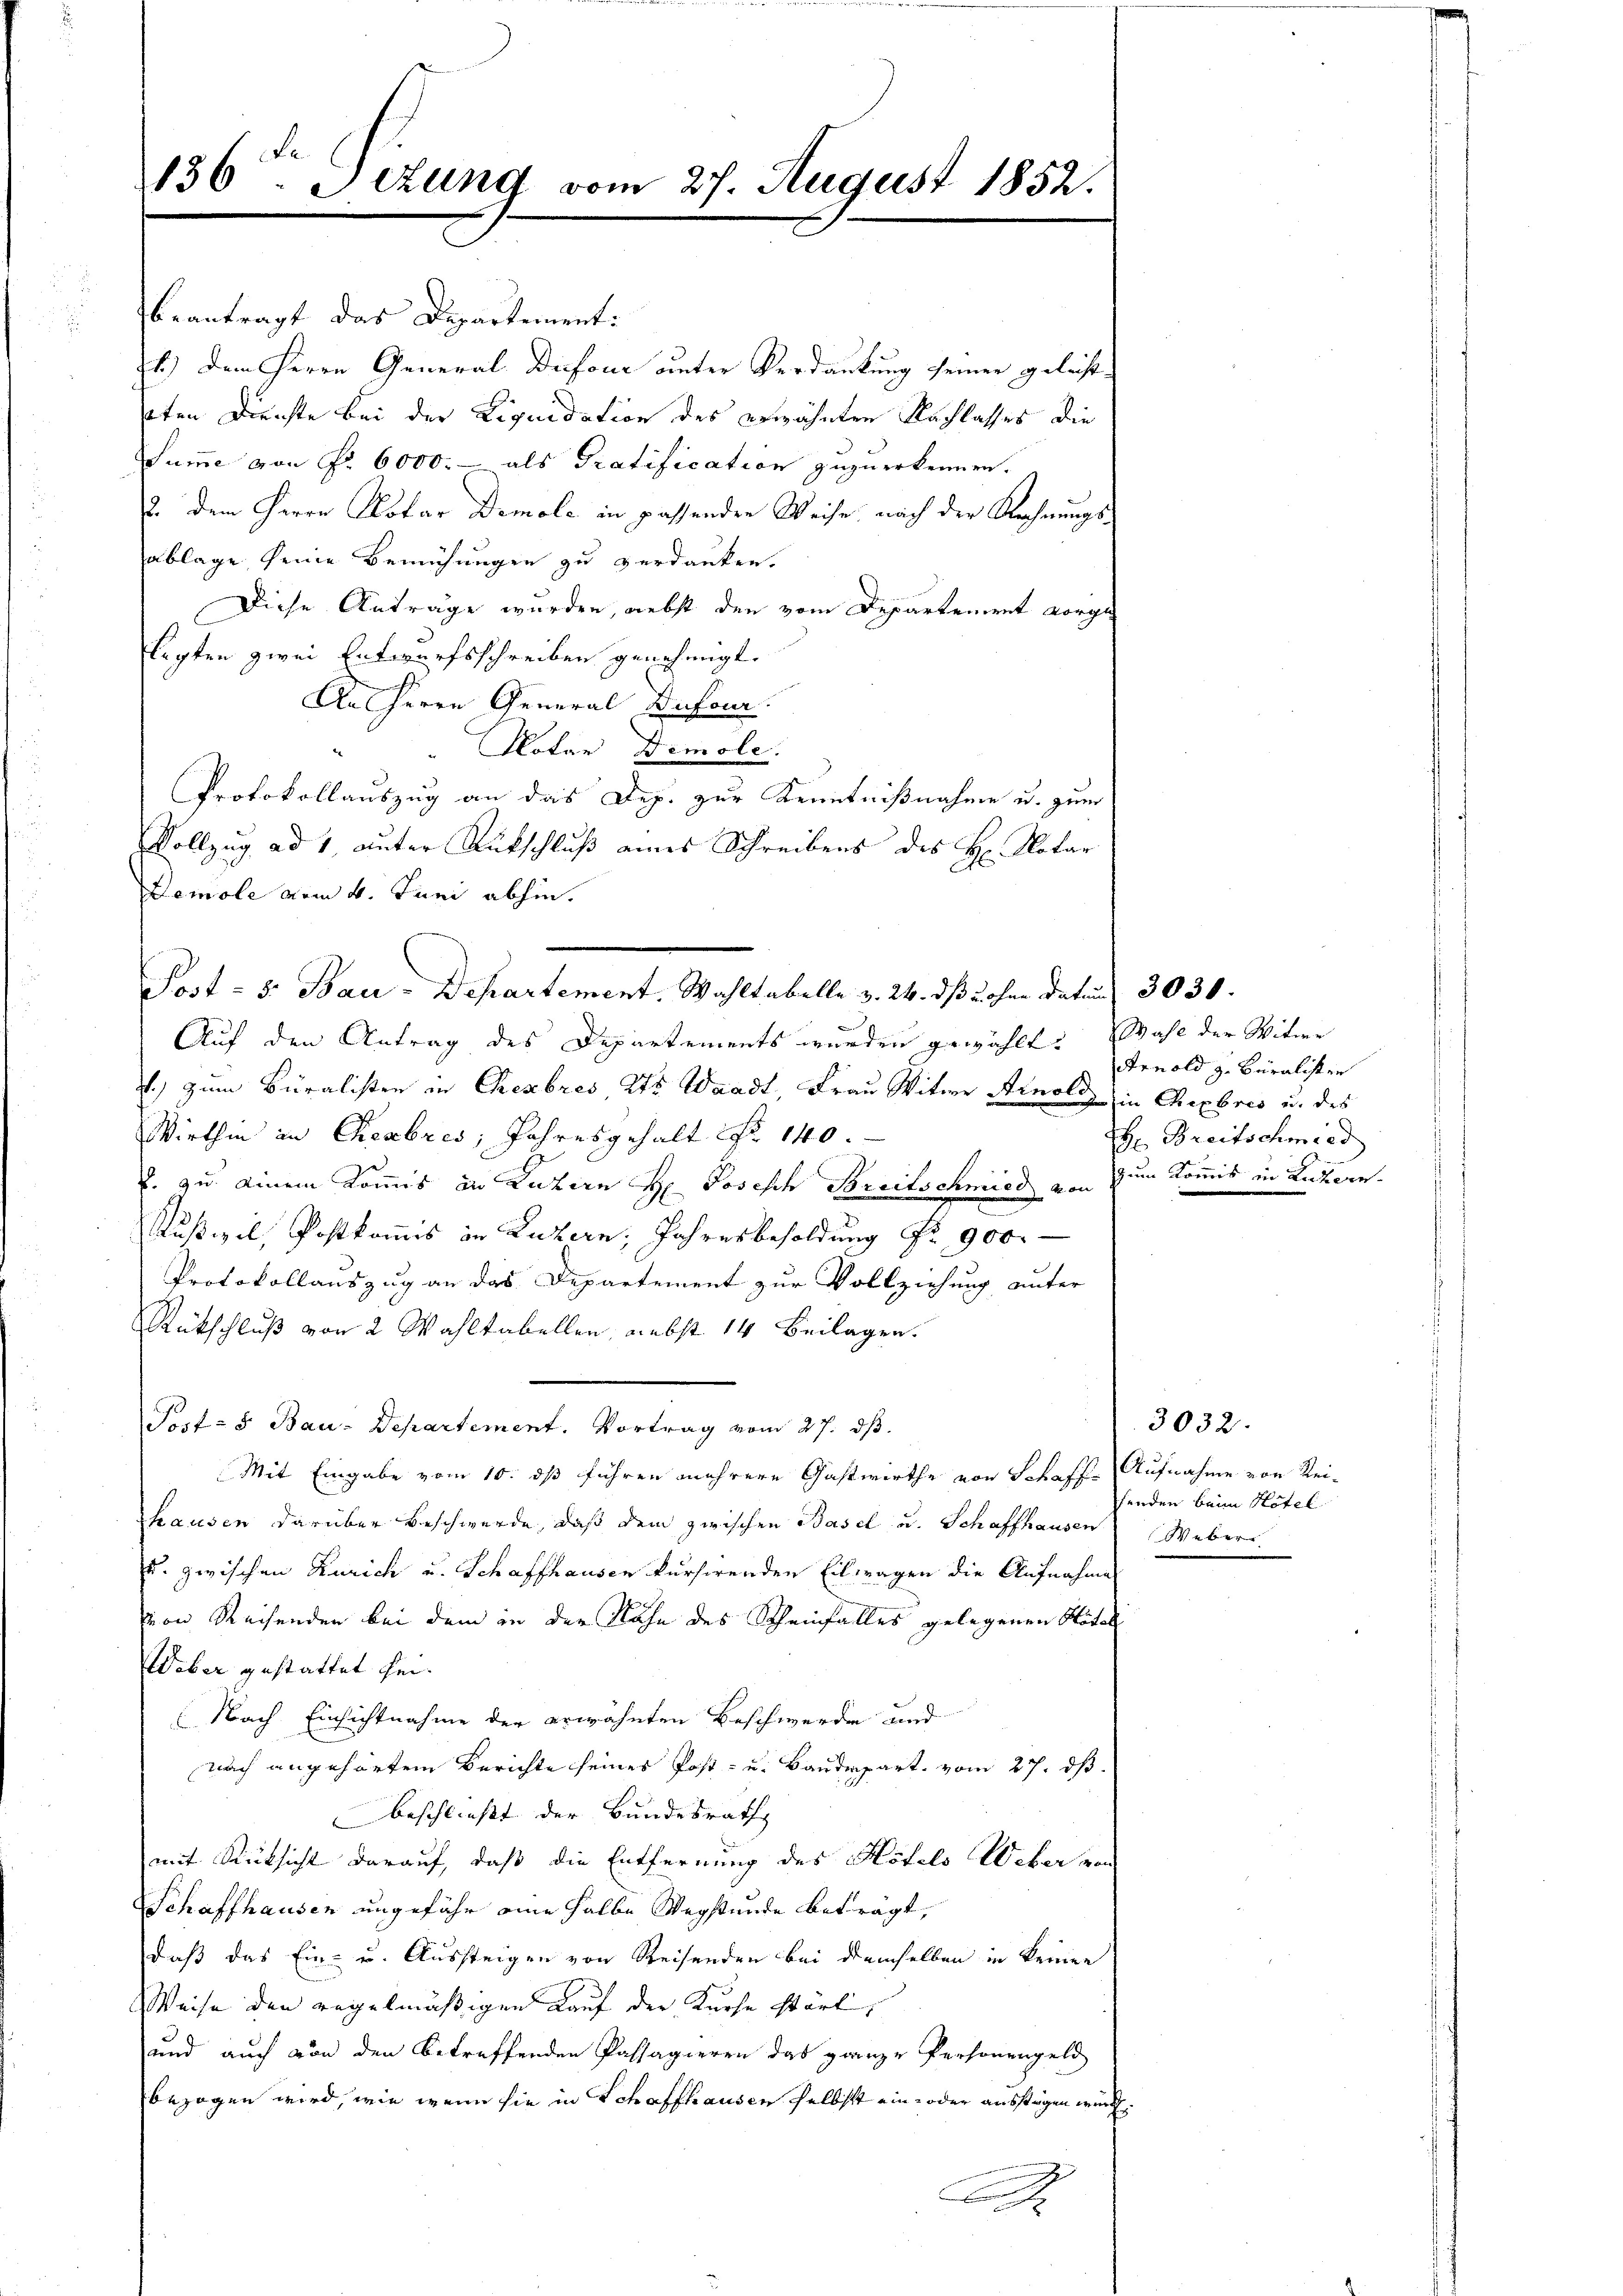
136 Setzung vom 27. August 1852.

beantragt das Departement:
1.) Dem Herrn General Diefour unter Verdankung seiner geleisteten Direchte bei der Liquidation des erwähnten Nachlasses die
Summe von Nr. 6000.- als Gratification zuzuerkennen.
2. Dem Herrn Notar Demole in passenden Weise nach der Rechnungsablage seine Bemühungen zu verdanken.
Diese Anträge wurden, nebst den vom Departement vorge
lagten zwei Entwurfsschreiben genehmigt.
An Herrn General Dufour.
Notar Demole.
Protokollauszug an das Dep. zur Kenntnißnahme u. zum
Vollzug ad 1, unter Rückschluß eines Schreibens des H. Notar
Demole vom 6. Juni abhin.
Post - 5. Bau-Departement. Wahltabelle v. 24. dß u ohne Datum 3030.
Auf den Antrag des Departements wurden gewählt: Wahl der Witwe
.) zum Buralisten in Chembres 275 Waadt, Frau Witwe Arnold in Theebres u. des
Wirthin an Cheabres, Jahresgehalt No 140
J. zu einem Kommis in Luzern H. Joseph Breitschmied von zum Kommis in Luzern.
Rußiel, Postkommis in Luzern, Jahresbesoldung Nr. 900.
Protokollauszug an das Departement zur Vollziehung unter
Rückschluß von 2 Wahltabellen, nebst 14 Beilagen.
Post- & Bau-Departement. Vortrag vom 27. ds.
Mit Eingabe vom 10. ds führen mehrere Gastwirthe von Schaff-Aufnahme von Rei¬
Thausen darüber beschwerde, daß dem zwischen Basel u. Schaffhausen Weber
u. zwischen Zürich u. Schaffhausen kursirenden Eilwagen die Aufnahme
von Reisenden bei dem in der Nähe des Scheinfalles gelegenen Nötel
Weber gestattet sei¬
Nach Einsichtnahme der erwähnten Beschwerde und
nach angehörtem Berichte seines Post- u. Baudepart vom 27. ds.
beschließt der Bundesrath
mit Rücksicht darauf, daß die Entfernung des Hotels Weber von
Schaffhausen ungefähr eine halbe Wegstunde beträgt,
daß das Ein- u. Aussteigen von Reisenden bei demselben in keinen
Weise den regelmäßigen Lauf der Kurse stört,
und auch von den betreffenden Passagieren das ganze Personengeld
bezogen wird, wie wenn sie in Schaffhausen selbst ein- oder ausstägen würde.
A

Arnold z. Buralisten
H: Breitschmied

3032.
fenden beim Hotel.